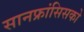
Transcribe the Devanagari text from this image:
सानफ्रांसिसको